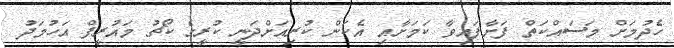
ހެދުމަށް މަސައްކަތް ފަށާފައިވާ ކަމަށާއި އެކަން ކުރިއަށްދަނީ ކުރީގެ ކޯޗު މައުރީފް އަހުމަދު